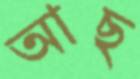
আছ